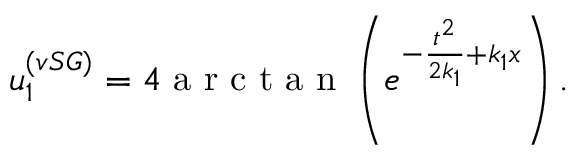
u _ { 1 } ^ { ( v S G ) } = 4 \mathrm { ~ a ~ r ~ c ~ t ~ a ~ n ~ } \left( e ^ { - \frac { t ^ { 2 } } { 2 k _ { 1 } } + k _ { 1 } x } \right) .